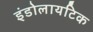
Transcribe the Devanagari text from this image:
इंडोलायटिक